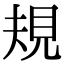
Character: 規